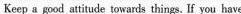
Keep a good attitude towards things. If you have